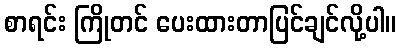
စာရင်း ကြိုတင် ပေးထားတာပြင်ချင်လို့ပါ။